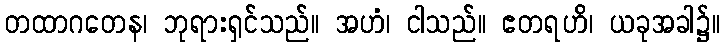
တထာဂတေန၊ ဘုရားရှင်သည်။ အဟံ၊ ငါသည်။ ဧတရဟိ၊ ယခုအခါ၌။